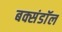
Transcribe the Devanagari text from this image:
बक्संडाॅल